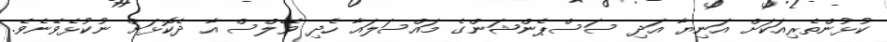
ކުޅުންތެރިއަކަށް އަނިޔާ އަދި ސަސްޕެންޝަންގެ މައްސަލައާ ހެދި ވޭލްސް އާ ދެކޮޅަށް ނުކުޅެވޭނެވެ.